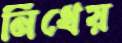
নিধেয়